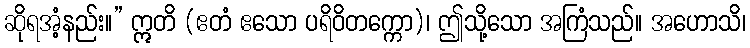
ဆိုရအံ့နည်း။” ဣတိ (ဧတံ ဧသော ပရိဝိတက္ကော)၊ ဤသို့သော အကြံသည်။ အဟောသိ၊